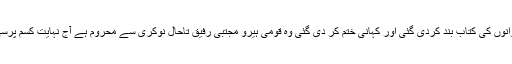
جس کے بعد قوم کے نوجوانوں کی کتاب بند کردی گئی اور کہانی ختم کر دی گئی وہ قومی ہیرو مجتبیٰ رفیق تاحال نوکری سے محروم ہے آج نہایت کسم پُرسی کی زندگی گزار رہا ہے۔